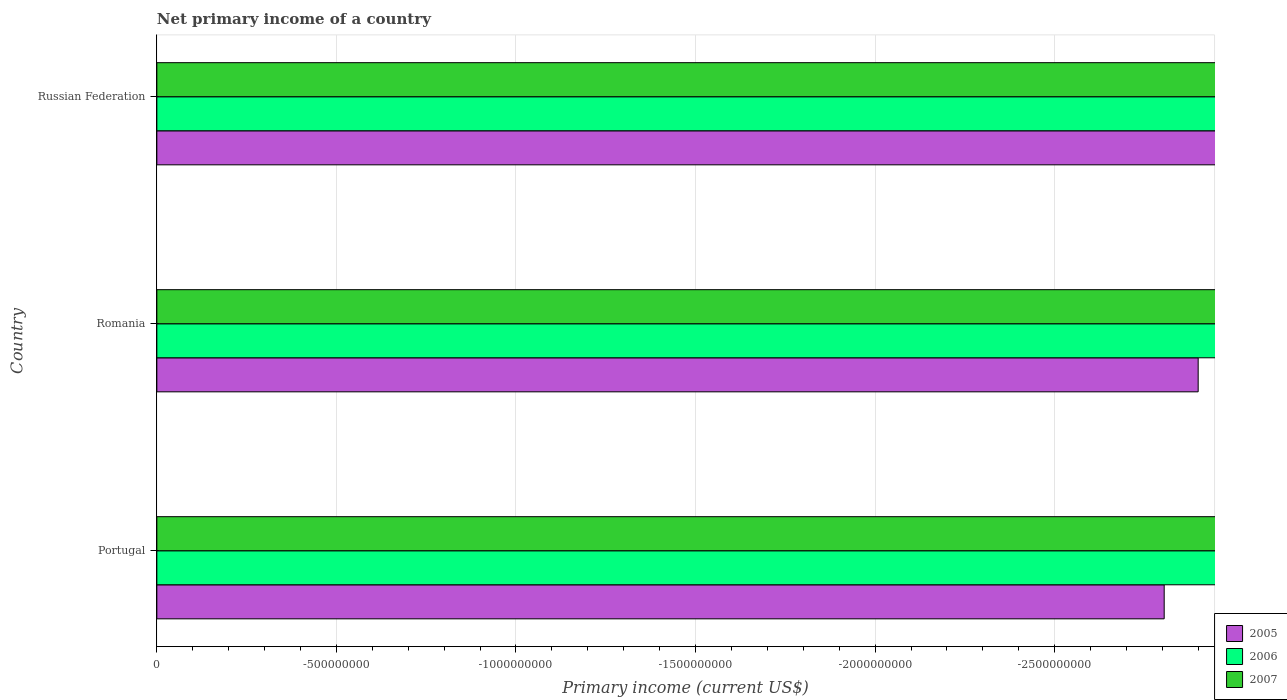
| Country | 2005 | 2006 | 2007 |
 | --- | --- | --- | --- |
 | Portugal | -2.8e+09 | -6.13e+09 | -7.25e+09 |
 | Romania | -2.9e+09 | -4.08e+09 | -5.66e+09 |
 | Russian Federation | -1.85e+10 | -2.88e+10 | -2.88e+10 |